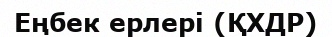
Еңбек ерлері (ҚХДР)